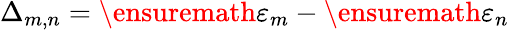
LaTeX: \Delta_{m,n}=\ensuremath{\varepsilon}_{m}-\ensuremath{\varepsilon}_{n}